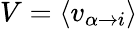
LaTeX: V=\langle{v_{\alpha\to i}}\rangle